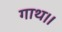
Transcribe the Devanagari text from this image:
गाथ।।